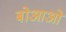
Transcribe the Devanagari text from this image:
बोआओ